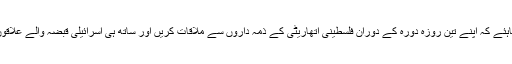
وزیراعظم کو چاہئے کہ اپنے تین روزہ دورہ کے دوران فلسطینی اتھاریٹی کے ذمہ داروں سے ملاقات کریں اور ساتھ ہی اسرائیلی قبضہ والے علاقوں کا دورہ کریں۔